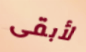
لأبقى